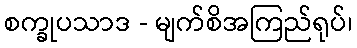
စက္ခုပသာဒ - မျက်စိအကြည်ရုပ်၊